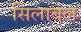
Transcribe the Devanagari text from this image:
सिलाबल